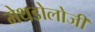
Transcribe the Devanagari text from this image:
मेथडोलोजी